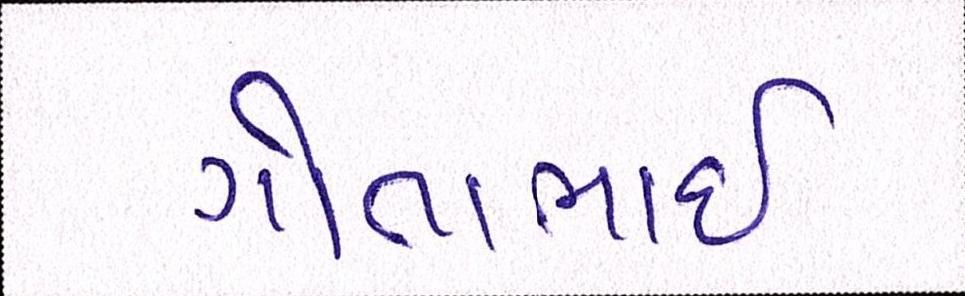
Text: ગોતાભાઈ